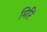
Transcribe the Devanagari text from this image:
मिरिं